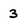
Character: 3